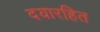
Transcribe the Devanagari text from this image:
दयारहित